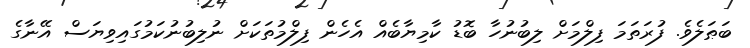
ބަޠަލެވެ. ފުރަތަމަ ފިލްމަށް ލިބުނުހާ ބޮޑު ކާމިޔާބެއް އެހެން ފިލްމުތަކަށް ނުލިބުނުކަމުގައިވިޔަސް އޭނާގެ